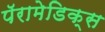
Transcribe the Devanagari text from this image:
पॅरामेडिक्स